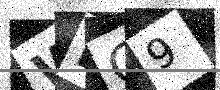
Text: WIG9